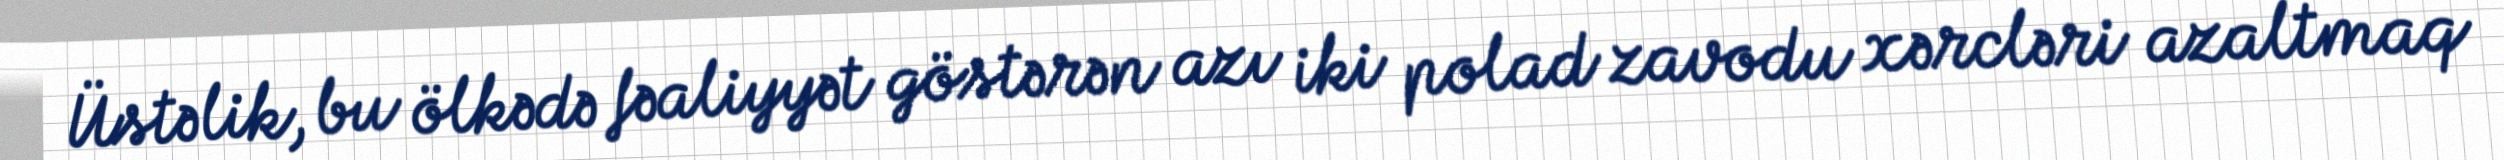
Üstəlik, bu ölkədə fəaliyyət göstərən azı iki polad zavodu xərcləri azaltmaq